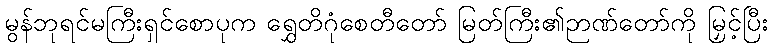
မွန်ဘုရင်မကြီးရှင်စောပုက ရွှေတိဂုံစေတီတော် မြတ်ကြီး၏ဉာဏ်တော်ကို မြှင့်ပြီး